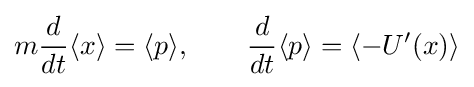
m{\frac {d}{dt}}\langle x\rangle =\langle p\rangle ,\qquad {\frac {d}{dt}}\langle p\rangle =\langle -U'(x)\rangle